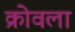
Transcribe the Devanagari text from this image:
क्रोवला